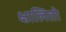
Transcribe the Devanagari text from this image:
क्षालितो